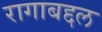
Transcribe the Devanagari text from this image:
रागाबद्दल